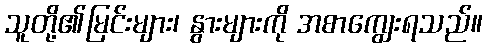
သူတို့၏မြင်းများ၊ နွားများကို အစာကျွေးရသည်။